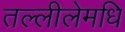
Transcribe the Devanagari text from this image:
तल्लीलेमधि